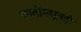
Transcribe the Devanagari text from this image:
जातींमधूनही